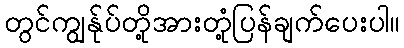
တွင်ကျွန်ုပ်တို့အားတုံ့ပြန်ချက်ပေးပါ။